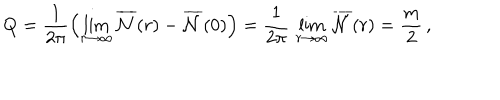
Q = \frac { 1 } { 2 \pi } \left( \lim _ { r { \rightarrow } { \infty } } \overline { { { \cal { N } } } } ( r ) - \overline { { { \cal { N } } } } ( 0 ) \right) = \frac { 1 } { 2 \pi } \, \lim _ { r { \rightarrow } { \infty } } \overline { { { \cal { N } } } } ( r ) = \frac { m } { 2 } \, ,